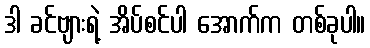
ဒါ ခင်ဗျားရဲ့ အိပ်စင်ပါ အောက်က တစ်ခုပါ။